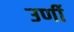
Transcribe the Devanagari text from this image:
उर्णी